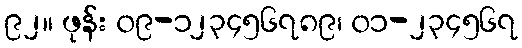
၉၂။ ဖုန်း ၀၉-၁၂၃၄၅၆၇၈၉၊ ၀၁-၂၃၄၅၆၇